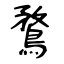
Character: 鶩